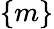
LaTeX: \lbrace m\rbrace